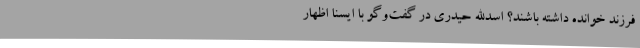
فرزند خوانده داشته باشند؟ اسدالله حیدری در گفت‌وگو با ایسنا اظهار